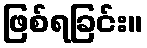
ဖြစ်ရခြင်း။